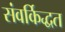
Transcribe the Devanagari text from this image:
संवर्किद्धत